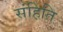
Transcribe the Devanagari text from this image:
संहिति